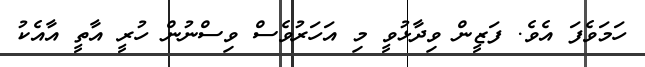
ހަމަވެފަ އެވެ. ފަޒީން ވިދާޅުވީ މި އަހަރުވެސް ވިސްނުން ހުރީ އާތީ އާއެކު